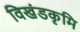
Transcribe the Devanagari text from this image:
विखंडकृमि